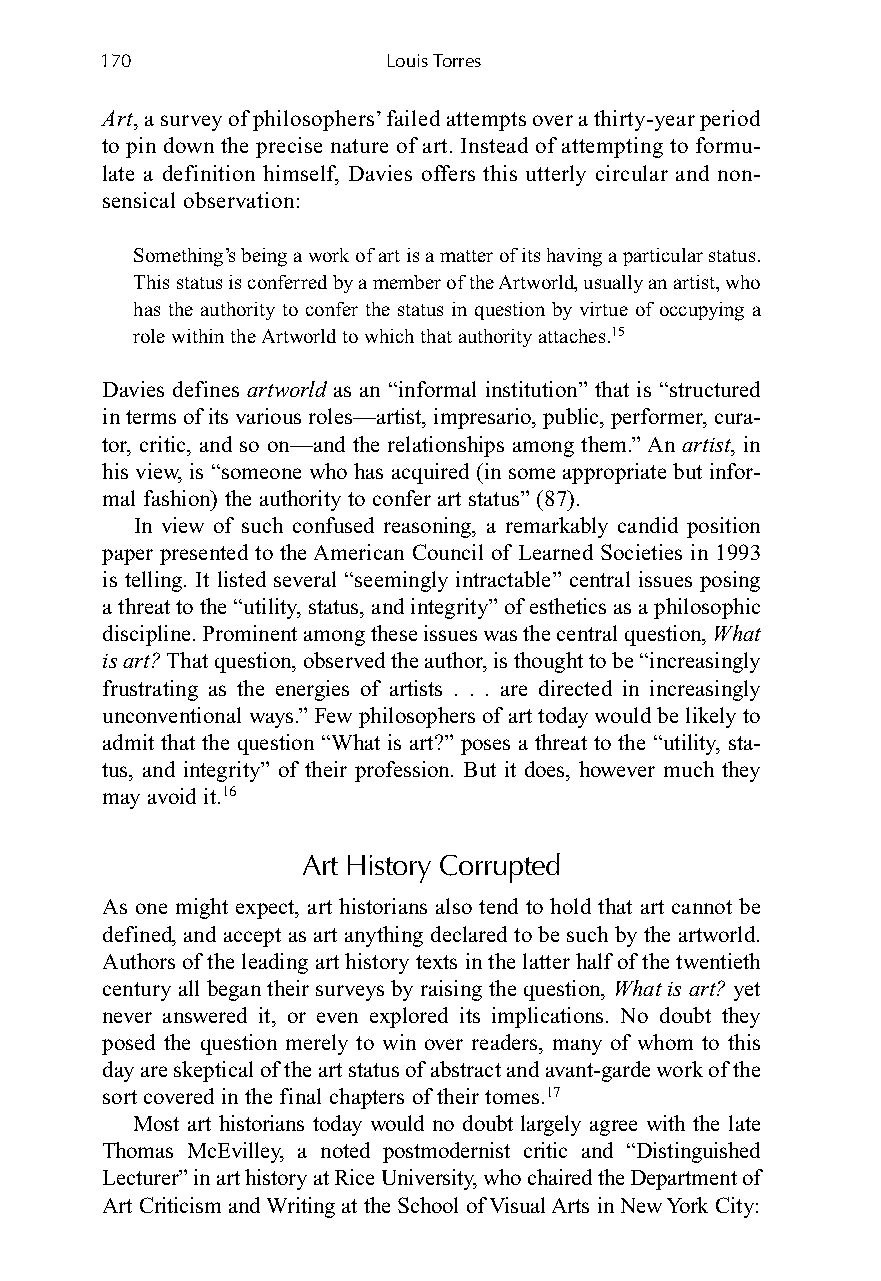
170                Louis Torres
 Art, a survey of philosophers’ failed attempts over a thirty-year period
 to pin down the precise nature of art. Instead of attempting to formu-
 late a definition himself, Davies offers this utterly circular and non-
 sensical observation:
 Something’s being a work of art is a matter of its having a particular status.
 This status is conferred by a member of the Artworld, usually an artist, who
 has the authority to confer the status in question by virtue of occupying a
 role within the Artworld to which that authority attaches.15
 Davies defines artworld as an “informal institution” that is “structured
 in terms of its various roles—artist, impresario, public, performer, cura-
 tor, critic, and so on—and the relationships among them.” An artist, in
 his view, is “someone who has acquired (in some appropriate but infor-
 mal fashion) the authority to confer art status” (87).
 In view of such confused reasoning, a remarkably candid position
 paper presented to the American Council of Learned Societies in 1993
 is telling. It listed several “seemingly intractable” central issues posing
 a threat to the “utility, status, and integrity” of esthetics as a philosophic
 discipline. Prominent among these issues was the central question, What
 is art? That question, observed the author, is thought to be “increasingly
 frustrating as the energies of artists . . . are directed in increasingly
 unconventional ways.” Few philosophers of art today would be likely to
 admit that the question “What is art?” poses a threat to the “utility, sta-
 tus, and integrity” of their profession. But it does, however much they
 may avoid it.16
 Art History Corrupted
 As one might expect, art historians also tend to hold that art cannot be
 defined, and accept as art anything declared to be such by the artworld.
 Authors of the leading art history texts in the latter half of the twentieth
 century all began their surveys by raising the question, What is art?yet
 never answered it, or even explored its implications. No doubt they
 posed the question merely to win over readers, many of whom to this
 day are skeptical of the art status of abstract and avant-garde work of the
 sort covered in the final chapters of their tomes.17
 Most art historians today would no doubt largely agree with the late
 Thomas McEvilley, a noted postmodernist critic and “Distinguished
 Lecturer” in art history at Rice University, who chaired the Department of
 Art Criticism and Writing at the School of Visual Arts in New York City: